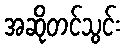
အဆိုတင်သွင်း